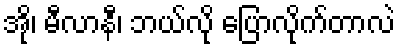
အို၊ မီလာနီ၊ ဘယ်လို ပြောလိုက်တာလဲ